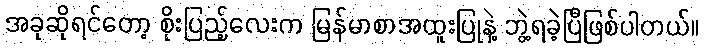
အခုဆိုရင်တော့ စိုးပြည့်လေးက မြန်မာစာအထူးပြုနဲ့ ဘွဲ့ရခဲ့ပြီဖြစ်ပါတယ်။